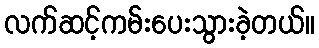
လက်ဆင့်ကမ်းပေးသွားခဲ့တယ်။